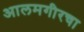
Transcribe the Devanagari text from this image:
आलमगीरचा